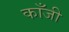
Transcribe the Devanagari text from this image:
काँजी